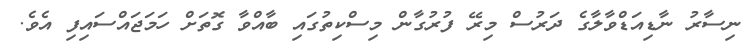
ނިސާރު ނާޑިއަޑްވާލާގެ ދަރުސް މިރޭ ފުރުގާން މިސްކިތުގައި ބާއްވާ ގޮތަށް ހަމަޖައްސައިފި އެވެ.